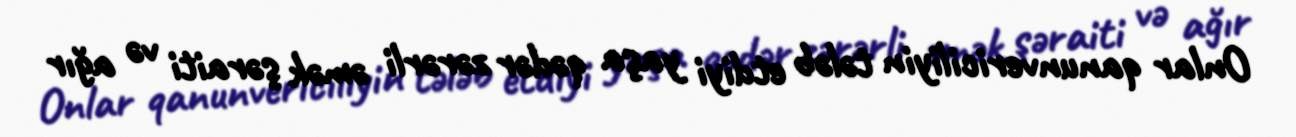
Onlar qanunvericiliyin tələb etdiyi yaşa qədər zərərli əmək şəraiti və ağır